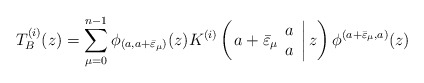
\begin{align*}T^{(i)}_B (z) =\displaystyle\sum_{\mu =0}^{n-1} \phi_{(a, a+\bar{\varepsilon}_\mu )}(z)K^{(i)}\left( \left. a+\bar{\varepsilon}_\mu \begin{array}{c} a \\ a \end{array} \right| z \right) \phi^{(a+\bar{\varepsilon}_\mu ,a)}(z) \end{align*}